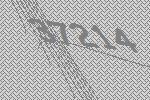
37214